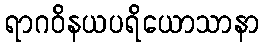
ရာဂဝိနယပရိယောသာနာ